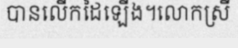
បានលើកដៃឡើង។លោកស្រី